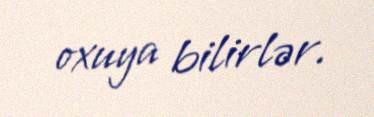
oxuya bilirlər.